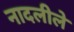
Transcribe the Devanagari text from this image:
नादलीले